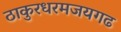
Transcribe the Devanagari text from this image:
ठाकुरधरमजयगढ